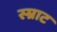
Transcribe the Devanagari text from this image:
स्म्राट